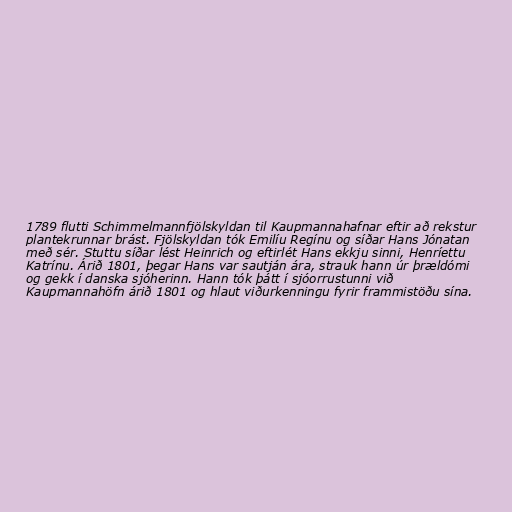
1789 flutti Schimmelmannfjölskyldan til Kaupmannahafnar eftir að rekstur
plantekrunnar brást. Fjölskyldan tók Emilíu Regínu og síðar Hans Jónatan
með sér. Stuttu síðar lést Heinrich og eftirlét Hans ekkju sinni, Henríettu
Katrínu. Árið 1801, þegar Hans var sautján ára, strauk hann úr þrældómi
og gekk í danska sjóherinn. Hann tók þátt í sjóorrustunni við
Kaupmannahöfn árið 1801 og hlaut viðurkenningu fyrir frammistöðu sína.